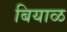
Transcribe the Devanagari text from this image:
बियाळ